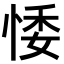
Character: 𢛊